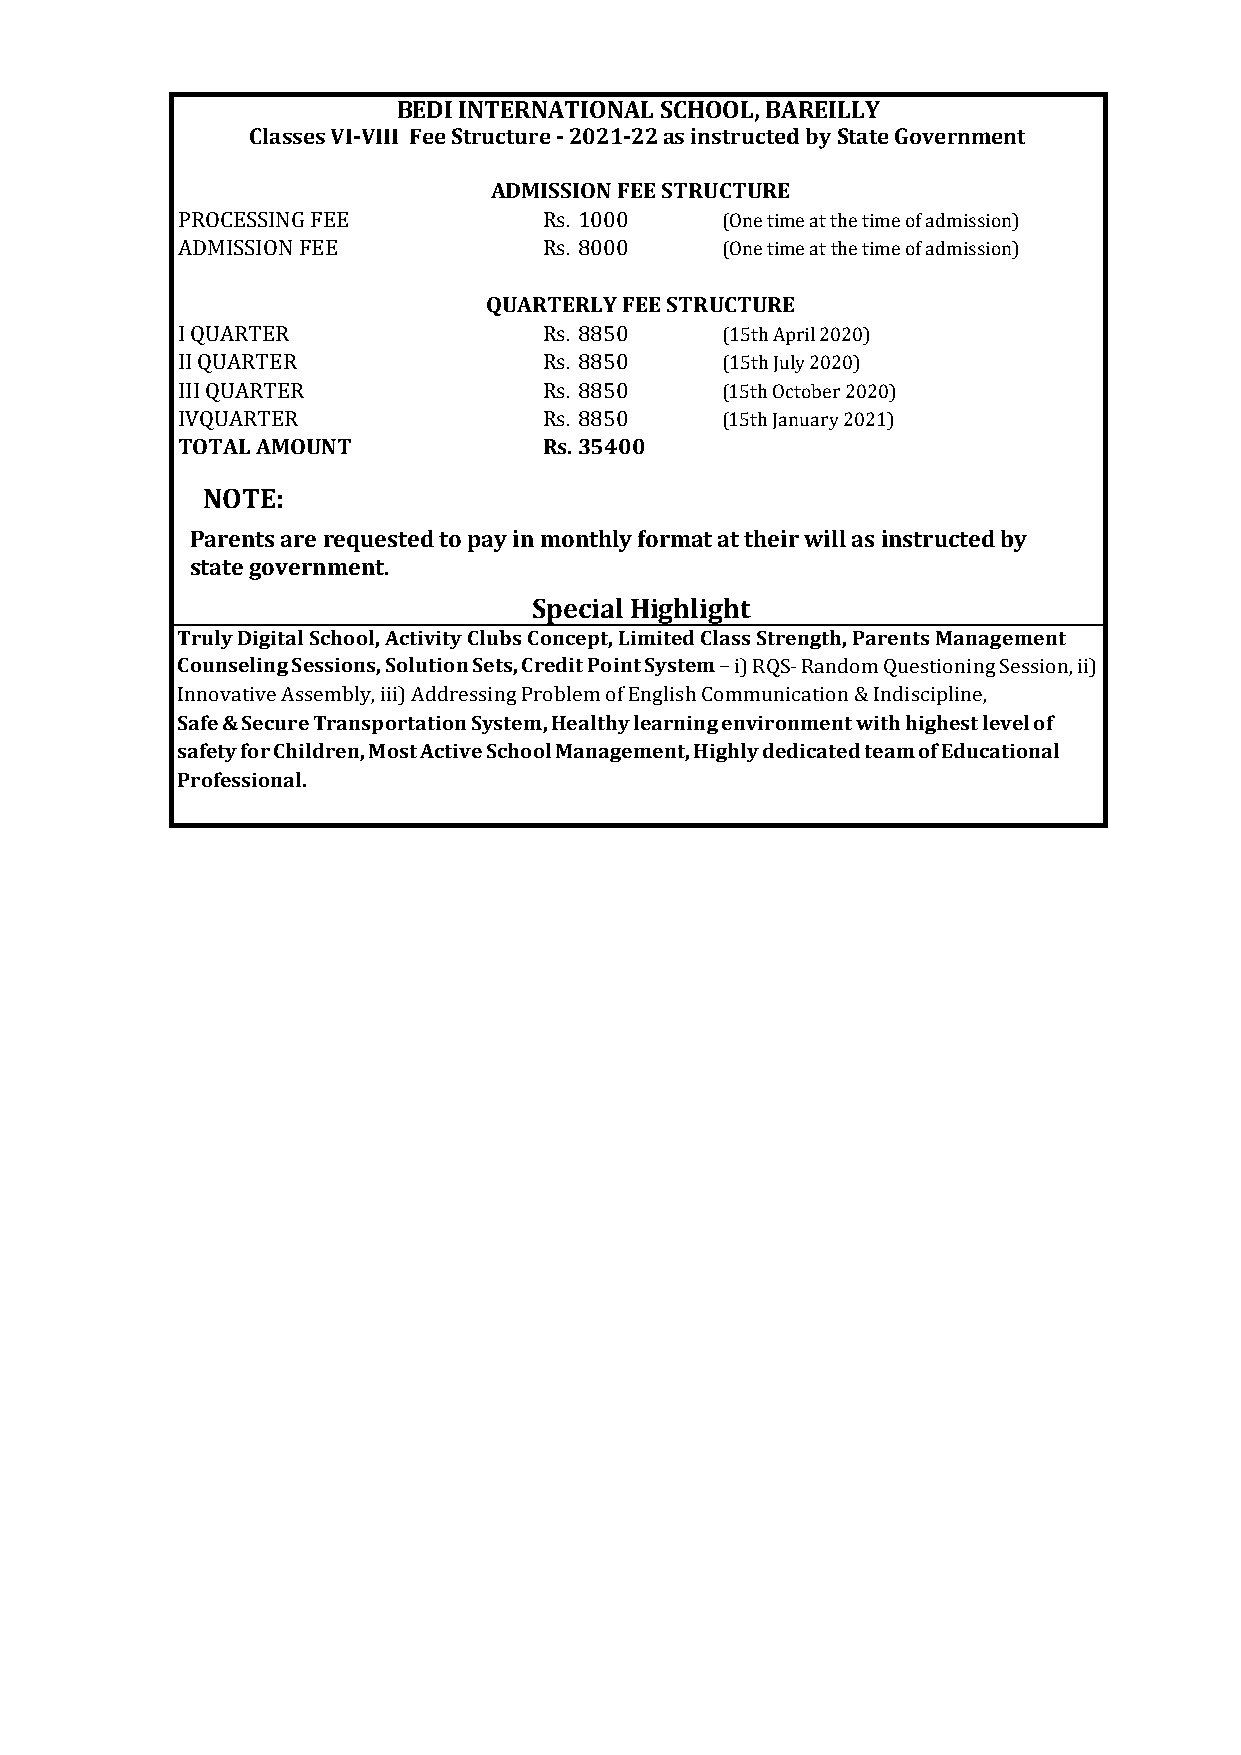
BEDI INTERNATIONAL SCHOOL, BAREILLY
 Classes VI-VIII Fee Structure - 2021-22 as instructed by State Government
 ADMISSION FEE STRUCTURE
 PROCESSING FEE          Rs. 1000    (One time at the time of admission)
 ADMISSION FEE           Rs. 8000    (One time at the time of admission)
 QUARTERLY FEE STRUCTURE
 I QUARTER               Rs. 8850    (15th April 2020)
 II QUARTER              Rs. 8850    (15th July 2020)
 III QUARTER             Rs. 8850    (15th October 2020)
 IVQUARTER               Rs. 8850    (15th January 2021)
 TOTAL AMOUNT            Rs. 35400
 NOTE:
 Parents are requested to pay in monthly format at their will as instructed by
 state government.
 Special Highlight
 Truly Digital School, Activity Clubs Concept, Limited Class Strength, Parents Management
 Counseling Sessions, Solution Sets, Credit Point System – i) RQS- Random Questioning Session, ii)
 Innovative Assembly, iii) Addressing Problem of English Communication & Indiscipline,
 Safe & Secure Transportation System, Healthy learning environment with highest level of
 safety for Children, Most Active School Management, Highly dedicated team of Educational
 Professional.